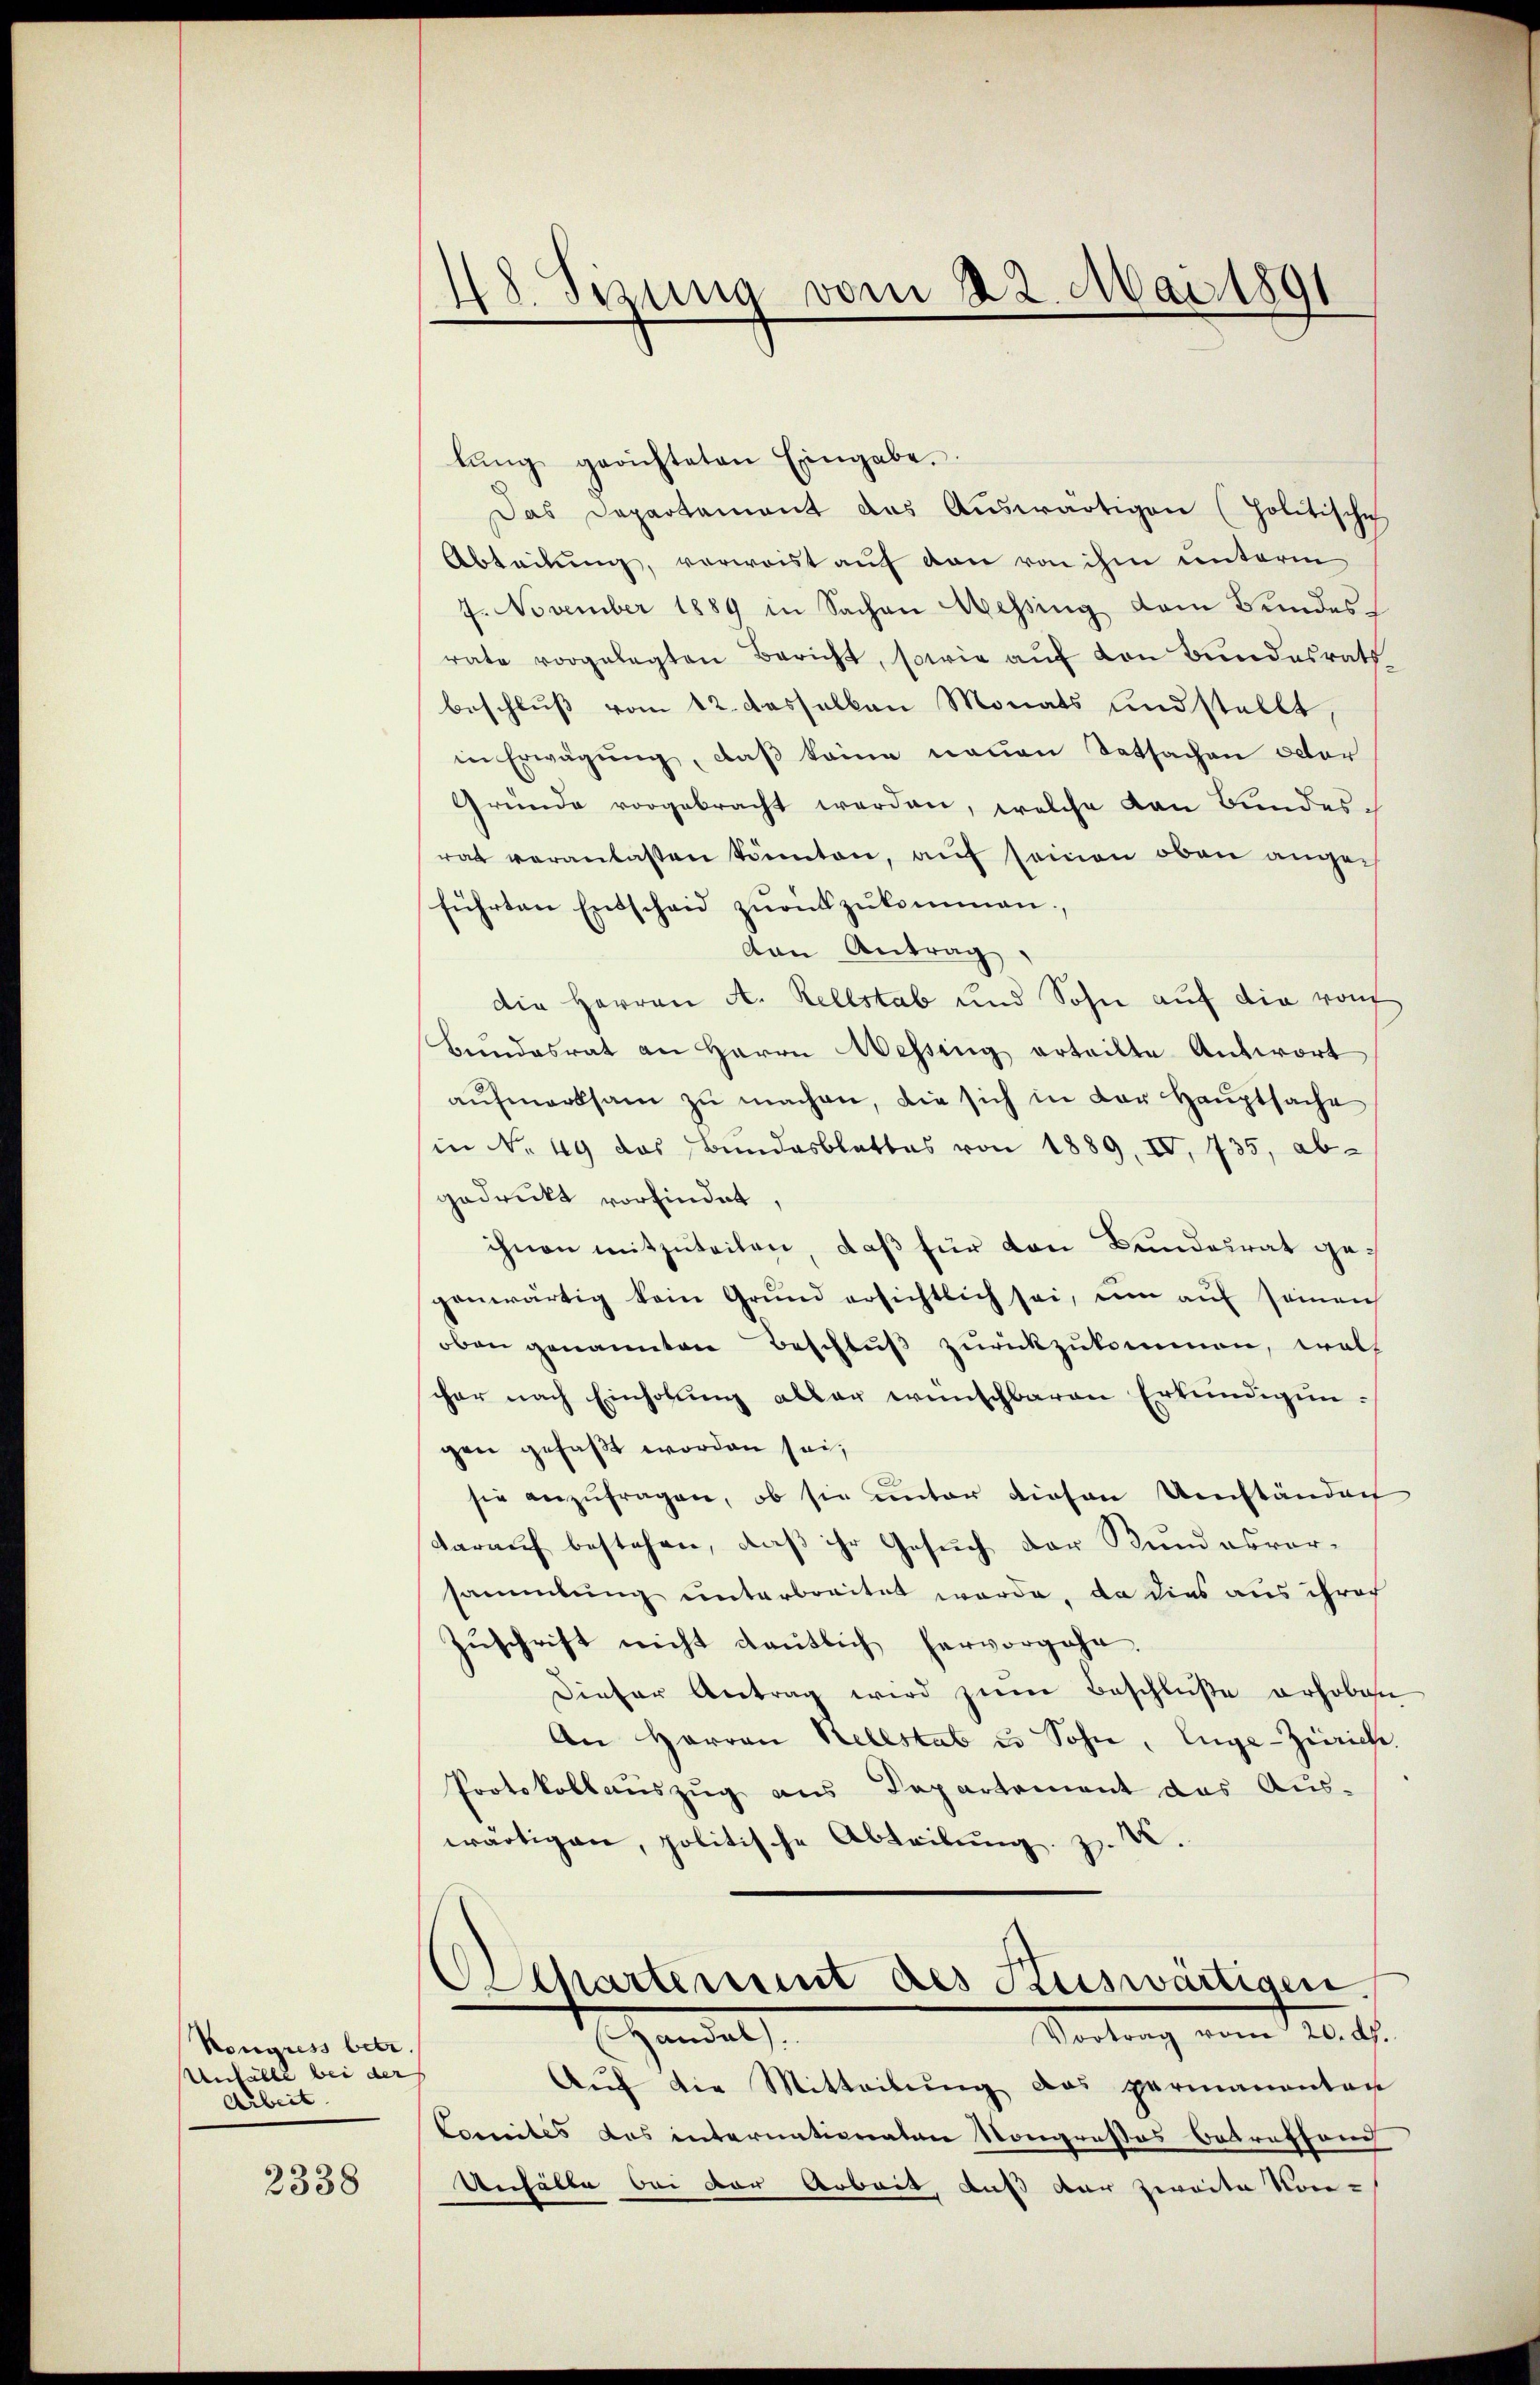
Kongress betr.
Unfälle bei der
Arbeit.

2338

18. Sizung vom 22. Mai 1891
.

lŭng gerichteten Eingabe.
Das Departement des Auswärtigen (politische
Abteilung, verwaist auf den von ihm unterm
4. November 1889 in Sachen Messing dem Bundesrate vorgelegten Bericht, sowie auf von Bundesrath
beschluß vom 12. desselben Monats und stellt
in Erwägung, daß keine neuen Tatsachen octor
Gründe vorgebracht werden, welche den Bundesrat veranlaßen könnten, auf seinen oben angeführten Entscheid zŭrückzŭkommen.
von Antrag
die Herren A. Rellstab und Sohn auf die von
Bundesrat an Herrn Wessing erteilte Antwort
aŭfmerksam zŭ machen, die sich in der Haŭptsache
in Nr. 49 das Bundesblattes von 1889, IV, 735, abgedruckt vorfindet
ihnen mitzuteilen, daß für den Bundesrat gegenwärtig kein Grund ersichtlich sei, um auf seinen
oben genannten Beschluß zurückzukommen, woll
scher nach Einholŭng aller wünschbaren Erkundigungen gefaßt worden sei,
sie anzŭfragen, ob sie unter diesen Umständen
darauf bestehen, daß ihr Gesuch der Bundesvorsammlung unterbreitet werde, da dies aus ihrer
Zŭschrift nicht deutlich hervorgehe
Dieser Antrag wird zum Beschlüße erhoben
An Herren Kellstab u. Sohn, Enge-Zürich.
Protokollauszug aus Departement das Aus-
wärtigen, politische Abteilung z. B.
f
Achartement des auswärtigen.
Vortrag vom 10. ds.
Handel
Aŭf die Mitteilŭng das permanenten
Comités das internationaten Kongresses Betreffang
Unhälle bei vor Arbeit, aus der zweite Vor-